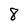
Character: 8